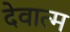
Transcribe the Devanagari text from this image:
देवात्म